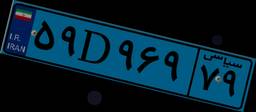
۱۸D۸۲۳۲۴